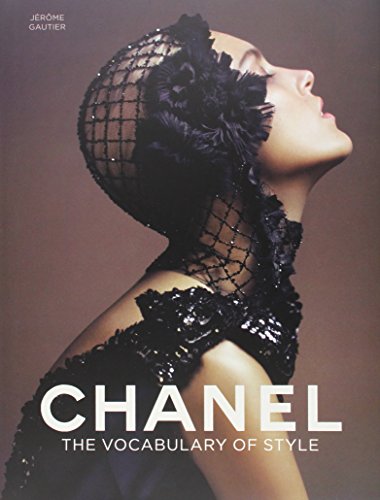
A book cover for Chanel: The Vocabulary of Style; JÃ©rÃ´me Gautier; Humor & Entertainment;